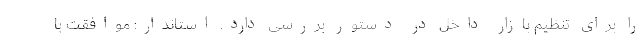
را برای تنظیم بازار داخل در دستور بررسی دارد. استاندار: موافقت با